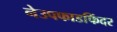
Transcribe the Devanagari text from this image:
नेउपफाडफिंदर